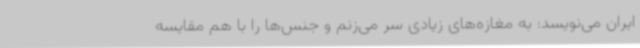
ایران می‌نویسد: به مغازه‌های زیادی سر می‌زنم و جنس‌ها را با هم مقایسه